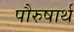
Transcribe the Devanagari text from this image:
पौरुषार्थ